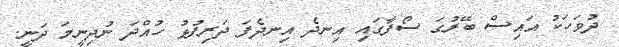
ދުވަހަކު އައިސް ބޭރުގަ ސޯފާގައި އިނދެ އިނދެފަ ދަރިފުޅު ހުއްދަ ނުދިނީމަ ދަނީ.